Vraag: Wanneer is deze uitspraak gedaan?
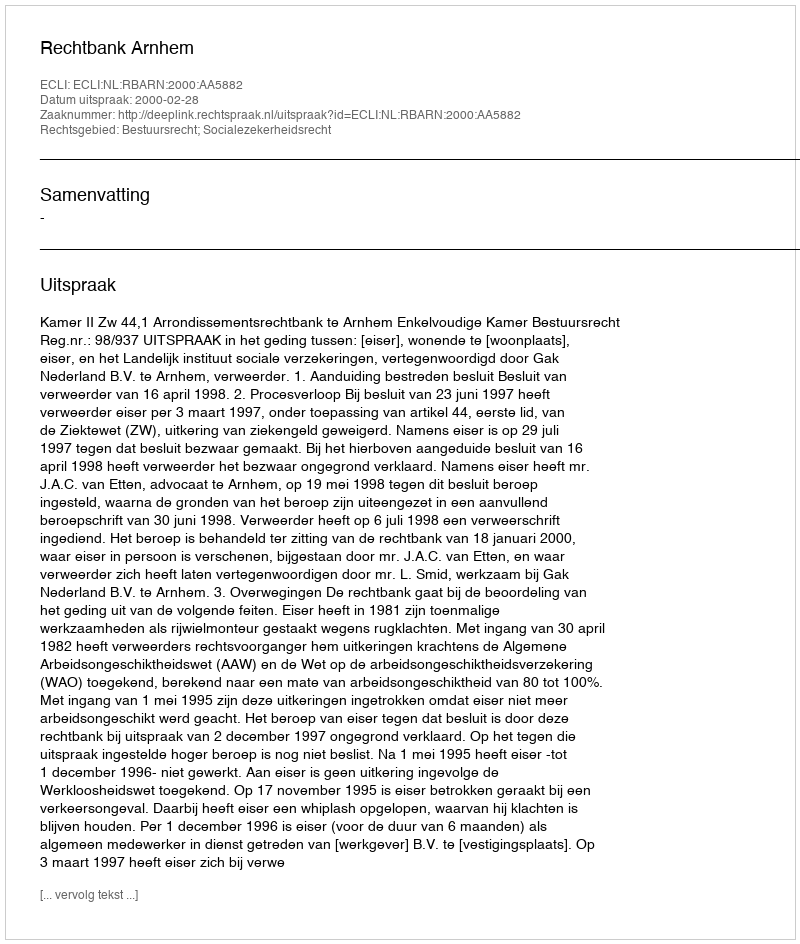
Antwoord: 2000-02-28